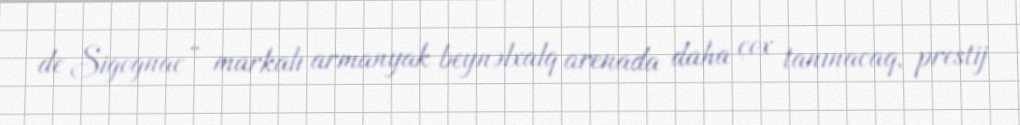
de Sigognac” markalı armanyak beynəlxalq arenada daha çox tanınacaq, prestij